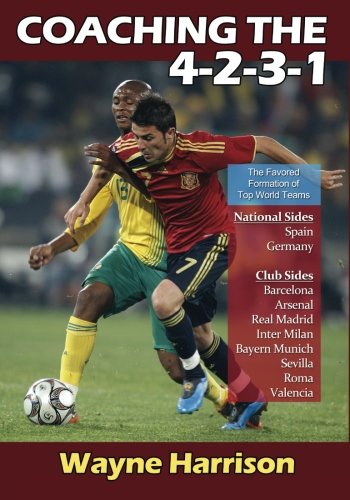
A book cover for Coaching the 4-2-3-1; Wayne Harrison; Sports & Outdoors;